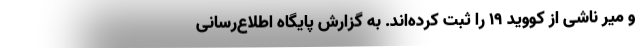
و میر ناشی از کووید ۱۹ را ثبت کرده‌اند. به گزارش پایگاه اطلاع‌رسانی